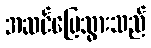
အဆင်ပြေသွားသည်